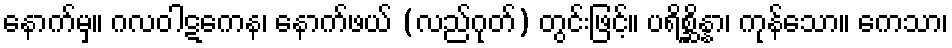
နောက်မှ။ ဂလဝါဋကေန၊ နောက်ဖယ် (လည်ဂုတ်) တွင်းဖြင့်။ ပရိစ္ဆိန္နာ၊ ကုန်သော။ ကေသာ၊